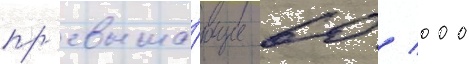
пр'евыша́ющие 60 / 000